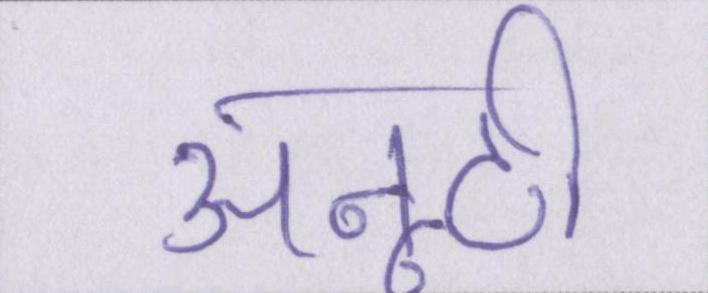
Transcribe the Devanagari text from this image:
अनूठी